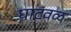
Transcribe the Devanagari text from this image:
घाटवळ